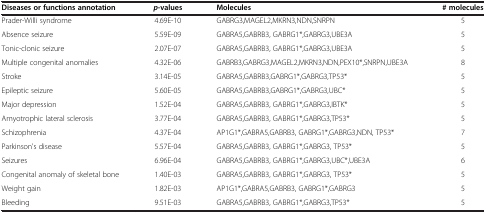
| Diseases or functions annotation | p-values | Molecules | # molecules |
 | --- | --- | --- | --- |
 | Prader-Willi syndrome | 4.69E-10 | GABRG3,MAGEL2,MKRN3,NDN,SNRPN | 5 |
 | Absence seizure | 5.59E-09 | GABRA5,GABRB3, GABRG1*,GABRG3,UBE3A | 5 |
 | Tonic-clonic seizure | 2.07E-07 | GABRA5,GABRB3, GABRG1*,GABRG3,UBE3A | 5 |
 | Multiple congenital anomalies | 4.32E-06 | GABRB3,GABRG3,MAGEL2,MKRN3,NDN,PEX10*,SNRPN,UBE3A | 8 |
 | Stroke | 3.14E-05 | GABRA5,GABRB3,GABRG1*,GABRG3,TP53* | 5 |
 | Epileptic seizure | 5.60E-05 | GABRA5,GABRB3,GABRG1*,GABRG3,UBC* | 5 |
 | Major depression | 1.52E-04 | GABRA5,GABRB3, GABRG1*,GABRG3,IBTK* | 5 |
 | Amyotrophic lateral sclerosis | 3.77E-04 | GABRA5,GABRB3, GABRG1*,GABRG3,TP53* | 5 |
 | Schizophrenia | 4.37E-04 | AP1G1*,GABRA5,GABRB3, GABRG1*,GABRG3,NDN, TP53* | 7 |
 | Parkinson's disease | 5.57E-04 | GABRA5,GABRB3, GABRG1*,GABRG3, TP53* | 5 |
 | Seizures | 6.96E-04 | GABRA5,GABRB3, GABRG1*,GABRG3,UBC*,UBE3A | 6 |
 | Congenital anomaly of skeletal bone | 1.40E-03 | GABRA5,GABRB3, GABRG1*,GABRG3, TP53* | 5 |
 | Weight gain | 1.82E-03 | AP1G1*,GABRA5,GABRB3, GABRG1*,GABRG3 | 5 |
 | Bleeding | 9.51E-03 | GABRA5,GABRB3, GABRG1*,GABRG3,TP53* | 5 |